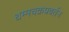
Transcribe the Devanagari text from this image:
धम्मचक्रप्रवर्तन